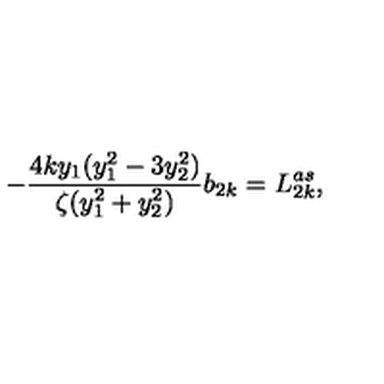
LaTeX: - \frac { 4 k y _ { 1 } ( y _ { 1 } ^ { 2 } - 3 y _ { 2 } ^ { 2 } ) } { \zeta ( y _ { 1 } ^ { 2 } + y _ { 2 } ^ { 2 } ) } b _ { 2 k } = L _ { 2 k } ^ { a s } ,